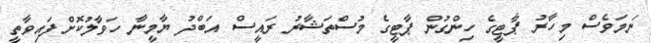
ނަމަވެސް މިހާރު ޕާޓީގެ ހިންގުން ޕާޓީގެ މުސްތަޝާރު ރައީސް އަބްދު ޔާމީނާ ހަވާލުކޮށްފައިވާތީ